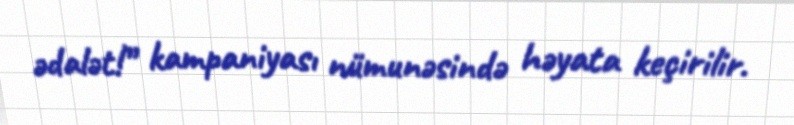
ədalət!” kampaniyası nümunəsində həyata keçirilir.